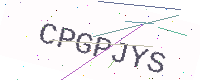
Text: CPGPJYS